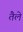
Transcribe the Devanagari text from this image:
तैले